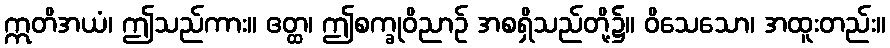
ဣတိအယံ၊ ဤသည်ကား။ ဧတ္ထ၊ ဤစက္ခုဝိညာဉ် အစရှိသည်တို့၌။ ဝိသေသော၊ အထူးတည်း။